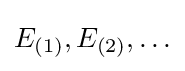
E_{(1)},E_{(2)},\ldots